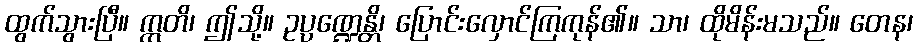
ထွက်သွားပြီ။ ဣတိ၊ ဤသို့။ ဥပ္ပဏ္ဍေန္တိ၊ ပြောင်းလှောင်ကြကုန်၏။ သာ၊ ထိုမိန်းမသည်။ တေန၊